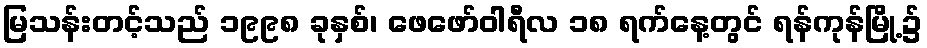
မြသန်းတင့်သည် ၁၉၉၈ ခုနှစ်၊ ဖေဖော်ဝါရီလ ၁၈ ရက်နေ့တွင် ရန်ကုန်မြို့၌